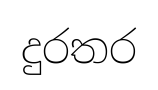
දුරතර